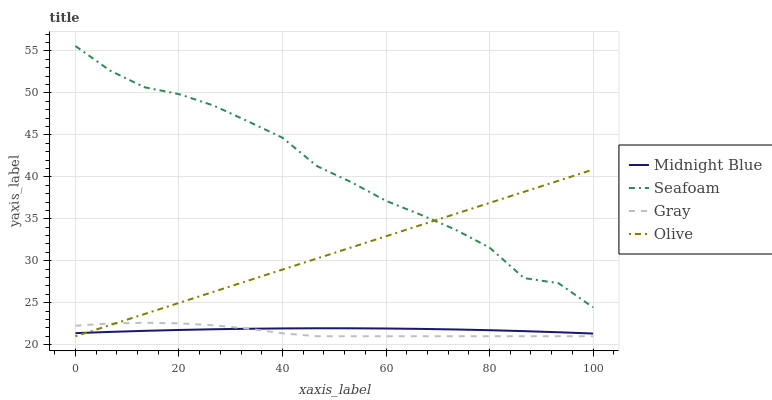
| xaxis_label | Midnight Blue | Seafoam | Gray | Olive |
 | --- | --- | --- | --- | --- |
 | 0 | 21.4 | 55.6 | 22.3 | 21 |
 | 6.67 | 21.5 | 52.7 | 22.5 | 22.3 |
 | 13.3 | 21.6 | 50.7 | 22.6 | 23.6 |
 | 20 | 21.7 | 49.9 | 22.5 | 25 |
 | 26.7 | 21.8 | 48.5 | 22.3 | 26.3 |
 | 33.3 | 21.9 | 46.6 | 21.9 | 27.6 |
 | 40 | 21.9 | 44.7 | 21.3 | 28.9 |
 | 46.7 | 22 | 41.3 | 21 | 30.3 |
 | 53.3 | 21.9 | 39.3 | 21 | 31.6 |
 | 60 | 21.9 | 37.1 | 21 | 32.9 |
 | 66.7 | 21.9 | 35.5 | 21 | 34.2 |
 | 73.3 | 21.8 | 33.7 | 21 | 35.6 |
 | 80 | 21.7 | 31.6 | 21 | 36.9 |
 | 86.7 | 21.6 | 27.9 | 21 | 38.2 |
 | 93.3 | 21.5 | 27.3 | 21 | 39.5 |
 | 100 | 21.3 | 24.4 | 21 | 40.9 |